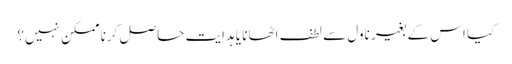
کیا اس کے بغیر ناول سے لطف اٹھانا یا ہدایت حاصل کرنا ممکن نہیں؟